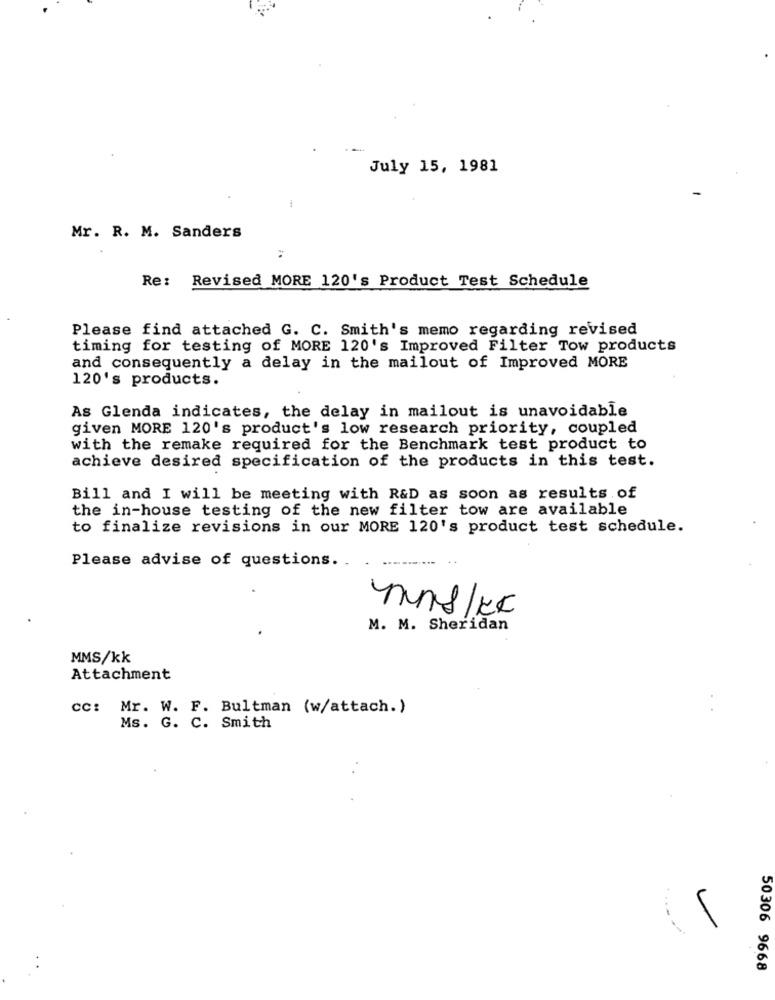
July 15, 1981
Mr. R. M. Sanders
Re: Revised MORE 120's Product Test Schedule
Please find attached G. C. Smith's memo regarding revised
timing for testing of MORE 120's Improved Filter Tow products
and consequently a delay in the mailout of Improved MORE
120's products.
As Glenda indicates, the delay in mailout is unavoidable
given MORE 120's product's low research priority, coupled
with the remake required for the Benchmark test product to
achieve desired specification of the products in this test.
Bill and I will be meeting with R&D as soon as results of
the in-house testing of the new filter tow are available
to finalize revisions in our MORE 120's product test schedule.
Please advise of questions. .
mns/Kk
M. M. Sheridan
MMS/kk
Attachment
cc: Mr. W. F. Bultman (w/attach.)
Ms. G. C. Smith
50306 9668